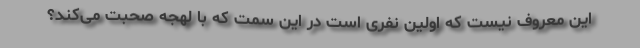
این معروف نیست که اولین نفری است در این سمت که با لهجه صحبت می‌کند؟